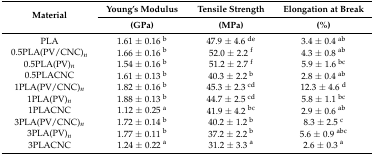
<table><thead><tr><td rowspan="2"><b>Material</b></td><td><b>Young’s Modulus</b></td><td><b>Tensile Strength</b></td><td><b>Elongation at Break</b></td></tr><tr><td><b>(GPa)</b></td><td><b>(MPa)</b></td><td><b>(%)</b></td></tr></thead><tbody><tr><td>PLA</td><td>1.61 ± 0.16 <sup>b</sup></td><td>47.9 ± 4.6 <sup>de</sup></td><td>3.4 ± 0.4 <sup>ab</sup></td></tr><tr><td>0.5PLA(PV/CNC)<i><sub>n</sub></i></td><td>1.66 ± 0.16 <sup>b</sup></td><td>52.0 ± 2.2 <sup>f</sup></td><td>4.3 ± 0.8 <sup>ab</sup></td></tr><tr><td>0.5PLA(PV)<i><sub>n</sub></i></td><td>1.54 ± 0.16 <sup>b</sup></td><td>51.2 ± 2.7 <sup>f</sup></td><td>5.9 ± 1.6 <sup>bc</sup></td></tr><tr><td>0.5PLACNC</td><td>1.61 ± 0.13 <sup>b</sup></td><td>40.3 ± 2.2 <sup>b</sup></td><td>2.8 ± 0.4 <sup>ab</sup></td></tr><tr><td>1PLA(PV/CNC)<i><sub>n</sub></i></td><td>1.82 ± 0.16 <sup>b</sup></td><td>45.3 ± 2.3 <sup>cd</sup></td><td>12.3 ± 4.6 <sup>d</sup></td></tr><tr><td>1PLA(PV)<i><sub>n</sub></i></td><td>1.88 ± 0.13 <sup>b</sup></td><td>44.7 ± 2.5 <sup>cd</sup></td><td>5.8 ± 1.1 <sup>bc</sup></td></tr><tr><td>1PLACNC</td><td>1.12 ± 0.25 <sup>a</sup></td><td>41.9 ± 4.2 <sup>bc</sup></td><td>2.9 ± 0.6 <sup>ab</sup></td></tr><tr><td>3PLA(PV/CNC)<i><sub>n</sub></i></td><td>1.72 ± 0.14 <sup>b</sup></td><td>40.2 ± 1.2 <sup>b</sup></td><td>8.3 ± 2.5 <sup>c</sup></td></tr><tr><td>3PLA(PV)<i><sub>n</sub></i></td><td>1.77 ± 0.11 <sup>b</sup></td><td>37.2 ± 2.2 <sup>b</sup></td><td>5.6 ± 0.9 <sup>abc</sup></td></tr><tr><td>3PLACNC</td><td>1.24 ± 0.22 <sup>a</sup></td><td>31.2 ± 3.3 <sup>a</sup></td><td>2.6 ± 0.3 <sup>a</sup></td></tr></tbody></table>